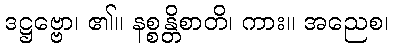
ဒဋ္ဌဗ္ဗော၊ ၏။ နစ္စန္တိစာတိ၊ ကား။ အညေစ၊